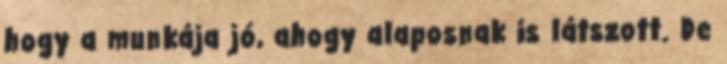
hogy a munkája jó, ahogy alaposnak is látszott. De